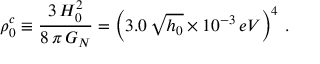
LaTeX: \rho _ { 0 } ^ { c } \equiv \frac { 3 \, H _ { 0 } ^ { 2 } } { 8 \, \pi \, G _ { N } } = \left( 3 . 0 \, \sqrt { h _ { 0 } } \times 1 0 ^ { - 3 } \, e V \right) ^ { 4 } \, .